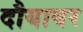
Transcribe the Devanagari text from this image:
दौयावर